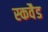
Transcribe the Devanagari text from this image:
स्कवैड